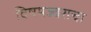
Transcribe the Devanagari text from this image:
विषमज्वराचा